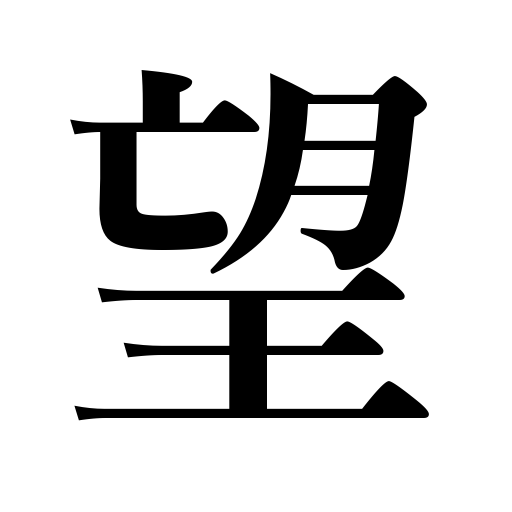
Meanings: choose,command a view of,like,full moon,desire,hope,aspire to,expect,hope for,see